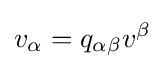
v_{\alpha }=q_{\alpha \beta }v^{\beta }